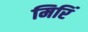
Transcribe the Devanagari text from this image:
मिरिं